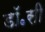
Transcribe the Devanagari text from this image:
डॉ॰सी